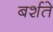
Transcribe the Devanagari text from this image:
बर्शते